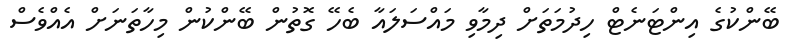
ބޭންކުގެ އިންޓަނެޓް ހިދުމަތަށް ދިމާވި މައްސަލައާ ބެހޭ ގޮތުން ބޭންކުން މިހާތަނަށް އެއްވެސް